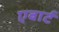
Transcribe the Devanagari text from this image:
एबार्ट